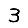
Digit: 3